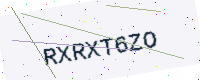
Text: RXRXT6ZO